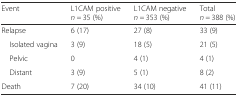
<table><thead><tr><td><b>Event</b></td><td><b>L1CAM positive<i>n =</i> 35 (%)</b></td><td><b>L1CAM negative<i>n =</i> 353 (%)</b></td><td><b>Total<i>n =</i> 388 (%)</b></td></tr></thead><tbody><tr><td>Relapse</td><td>6 (17)</td><td>27 (8)</td><td>33 (9)</td></tr><tr><td> Isolated vagina</td><td>3 (9)</td><td>18 (5)</td><td>21 (5)</td></tr><tr><td> Pelvic</td><td>0</td><td>4 (1)</td><td>4 (1)</td></tr><tr><td> Distant</td><td>3 (9)</td><td>5 (1)</td><td>8 (2)</td></tr><tr><td>Death</td><td>7 (20)</td><td>34 (10)</td><td>41 (11)</td></tr></tbody></table>